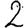
Digit: 2